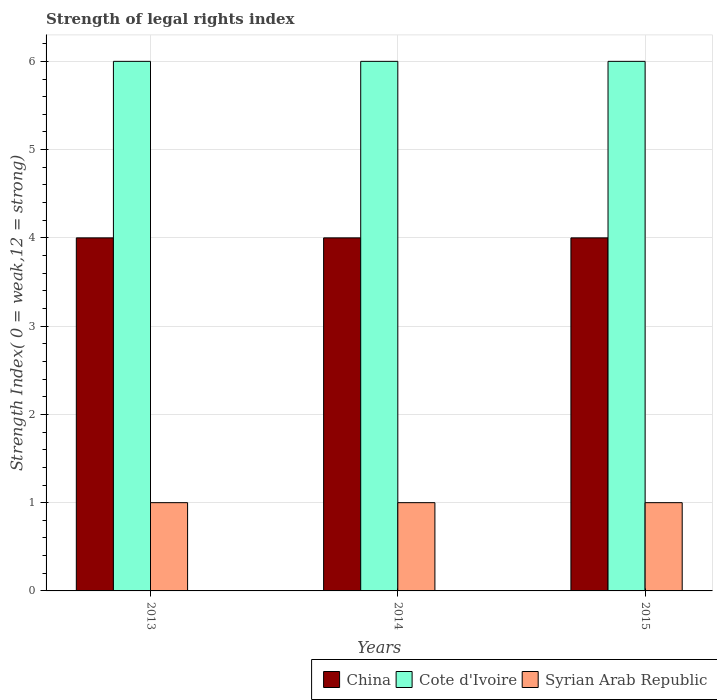
| Years | China | Cote d'Ivoire | Syrian Arab Republic |
 | --- | --- | --- | --- |
 | 2013 | 4 | 6 | 1 |
 | 2014 | 4 | 6 | 1 |
 | 2015 | 4 | 6 | 1 |